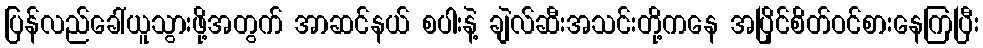
ပြန်လည်ခေါ်ယူသွားဖို့အတွက် အာဆင်နယ် စပါးနဲ့ ချဲလ်ဆီးအသင်းတို့ကနေ အပြိုင်စိတ်ဝင်စားနေကြပြီး